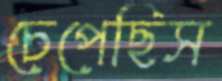
চেপেছিস